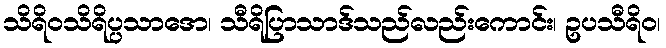
သိရိဝသိရိပ္ပသာဒော၊ သီရိပြာသာဒ်သည်လည်းကောင်း၊ ဥပသီရိဝ၊